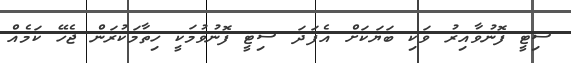
ސިޓީ ފޮނުވާއިރު ވަކި ބަޔަކަށް އެފަދަ ސިޓީ ފޮނުވުމަކީ ހިތާމަކުރަން ޖެހޭ ކަމެއް